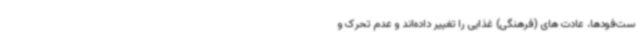
ست‌فودها، عادت های (فرهنگی) غذایی را تغییر داده‌اند و عدم تحرک و